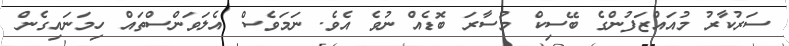
ސަރުކާރު މުއައްޒަފުންގެ ބޭސިކް މުސާރަ ބޮޑެއް ނުވެ އެވެ. ނަމަވެސް އެލަވަންސްތައް ހިމަނައިގެން